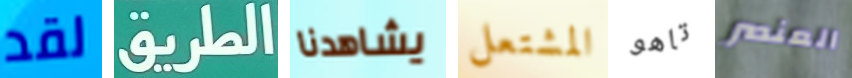
لقد الطريق يشاهدنا المشتعل تاهو العنصر